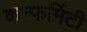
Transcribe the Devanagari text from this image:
कन्फर्मिटी